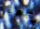
تكون